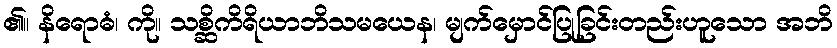
၏။ နိရောဓံ၊ ကို။ သစ္ဆိကိရိယာဘိသမယေန၊ မျက်မှောင်ပြုခြင်းတည်းဟူသော အဘိ